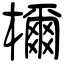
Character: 檷